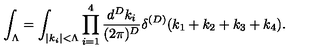
\int _ { \Lambda } = \int _ { | k _ { i } | < \Lambda } \prod _ { i = 1 } ^ { 4 } \frac { d ^ { D } k _ { i } } { ( 2 \pi ) ^ { D } } \delta ^ { ( D ) } ( k _ { 1 } + k _ { 2 } + k _ { 3 } + k _ { 4 } ) .